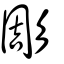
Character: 彫